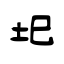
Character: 圯